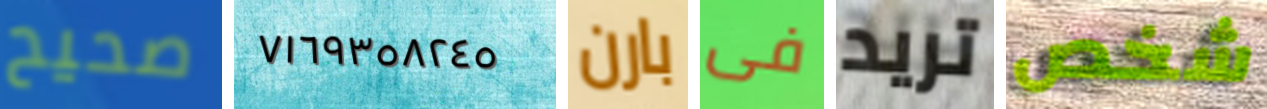
صحيح ٧١٦٩٣٥٨٢٤٥ بارن فى تريد شخص